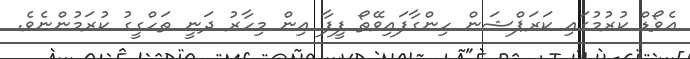
އެވޯޑް ކުރުމުގައި ކަރަޕްޝަން ހިންގާފައިވޭތޯ ފީފާ އިން މިހާރު ދަނީ ތަހްގީގު ކުރަމުންނެވެ.